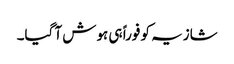
شازیہ کو فوراً ہی ہوش آ گیا۔